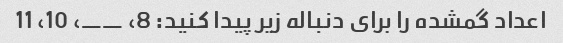
اعداد گمشده را برای دنباله زیر پیدا کنید: 8، __، 10، 11